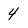
Character: 4